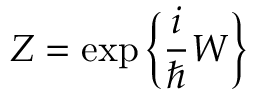
{ \cal Z } = \exp \bigg \{ \frac { i } { \hbar } { \cal W } \bigg \}